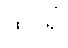
ထင်၍